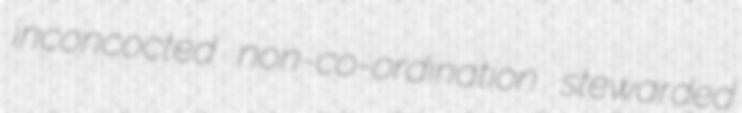
inconcocted non-co-ordination stewarded